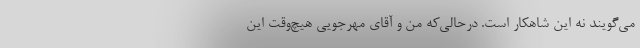
می‌گویند نه این شاهکار است. درحالی‌که من و آقای مهرجویی هیچ‌وقت این